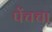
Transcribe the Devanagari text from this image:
पेंचचा